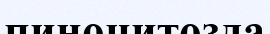
пиноцитозда